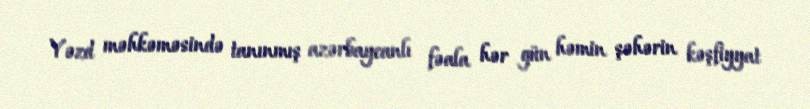
Yəzd məhkəməsində tanınmış azərbaycanlı fəala hər gün həmin şəhərin kəşfiyyat